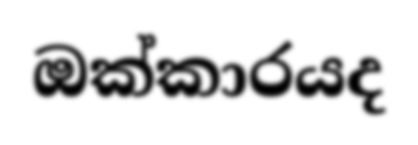
ඔක්කාරයද